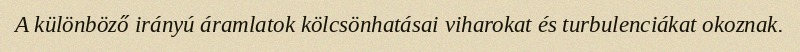
A különböző irányú áramlatok kölcsönhatásai viharokat és turbulenciákat okoznak.